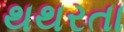
થથરતા